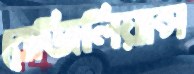
রেজিলিয়ান্স